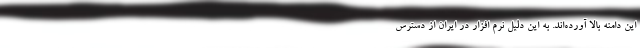
این دامنه بالا آورده‌اند. به این دلیل نرم افزار در ایران از دسترس